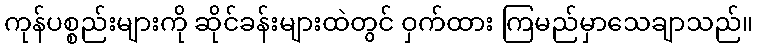
ကုန်ပစ္စည်းများကို ဆိုင်ခန်းများထဲတွင် ဝှက်ထား ကြမည်မှာသေချာသည်။